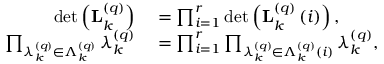
\begin{array} { r l } { \operatorname* { d e t } \left( \mathbf { L } _ { k } ^ { \left( q \right) } \right) } & { { } = \prod _ { i = 1 } ^ { r } \operatorname* { d e t } \left( \mathbf { L } _ { k } ^ { \left( q \right) } \left( i \right) \right) , } \\ { \prod _ { \lambda _ { k } ^ { \left( q \right) } \in \Lambda _ { k } ^ { \left( q \right) } } \lambda _ { k } ^ { \left( q \right) } } & { { } = \prod _ { i = 1 } ^ { r } \prod _ { \lambda _ { k } ^ { \left( q \right) } \in \Lambda _ { k } ^ { \left( q \right) } \left( i \right) } \lambda _ { k } ^ { \left( q \right) } , } \end{array}